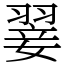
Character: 翣